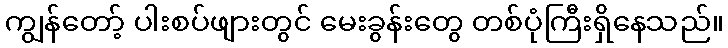
ကျွန်တော့် ပါးစပ်ဖျားတွင် မေးခွန်းတွေ တစ်ပုံကြီးရှိနေသည်။